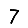
Digit: 7